Report on vaccination in Madras 1877-1894 - 1877-1894
Year: 1877
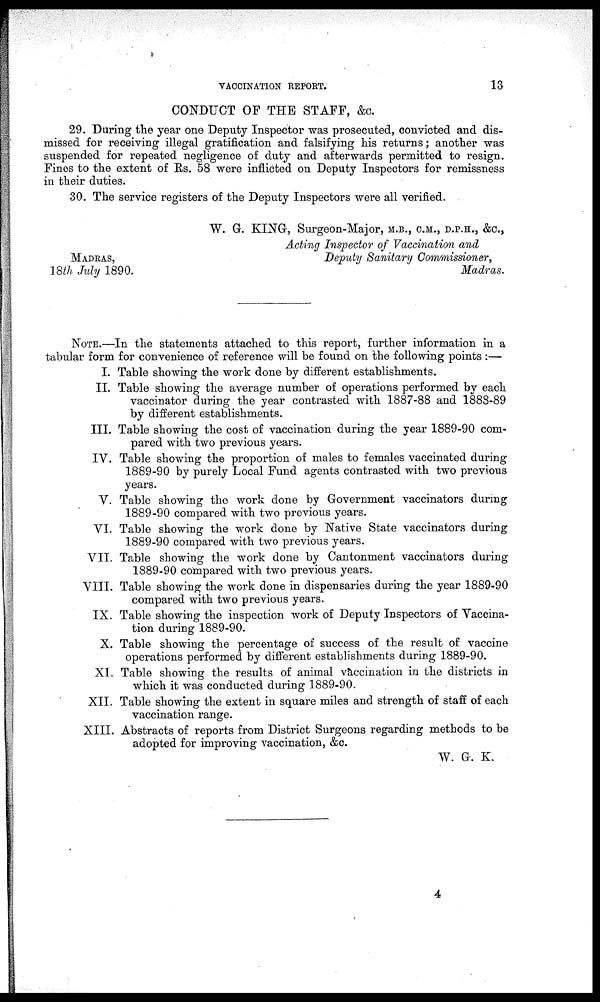
VACCINATION REPORT.
13
CONDUCT OF THE STAFF, &C.
29. During the year one Deputy Inspector was prosecuted, convicted and dis-
missed for receiving illegal gratification and falsifying his returns; another was
suspended for repeated negligence of duty and afterwards permitted to resign.
Fines to the extent of Rs. 58 were inflicted on Deputy Inspectors for remissness
in their duties.
30. The service registers of the Deputy Inspectors were all verified.
W. G. KING, Surgeon-Major, M.B., C.M., D.P.H., &C.,
Acting Inspector of Vaccination and
Deputy Sanitary Commissioner,
Madras.
MADRAS,
18th July 1890.
NOTE.—In the statements attached to this report, further information in a
tabular form for convenience of reference will be found on the following points:—
I.
II.
III.
IV.
V.
VI.
VII.
VIII.
IX.
X.
XI.
XII.
XIII.
Table showing the work done by different establishments.
Table showing the average number of operations performed by each
vaccinator during the year contrasted with 1887-88 and 1888-89
by different establishments.
Table showing the cost of vaccination during the year 1889-90 com-
pared with two previous years.
Table showing the proportion of males to females vaccinated during
1889-90 by purely Local Fund agents contrasted with two previous
years.
Table showing the work done by Government vaccinators during
1889-90 compared with two previous years.
Table showing the work done by Native State vaccinators during
1889-90 compared with two previous years.
Table showing the work done by Cantonment vaccinators during
1889-90 compared with two previous years.
Table showing the work done in dispensaries during the year 1889-90
compared with two previous years.
Table showing the inspection work of Deputy Inspectors of Vaccina-
tion during 1889-90.
Table showing the percentage of success of the result of vaccine
operations performed by different establishments during 1889-90.
Table showing the results of animal vaccination in the districts in
which it was conducted during 1889-90.
Table showing the extent in square miles and strength of staff of each
vaccination range.
Abstracts of reports from District Surgeons regarding methods to be
adopted for improving vaccination, &c.
W. G. K.
4